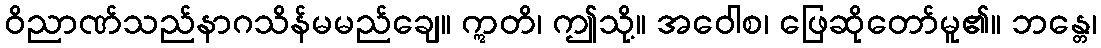
ဝိညာဏ်သည်နာဂသိန်မမည်ချေ။ ဣတိ၊ ဤသို့။ အဝေါစ၊ ဖြေဆိုတော်မူ၏။ ဘန္တေ၊